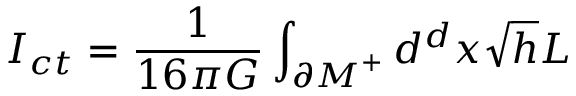
I _ { c t } = \frac { 1 } { 1 6 \pi G } \int _ { { \cal \partial M } ^ { + } } d ^ { d } x \sqrt { h } { \cal L }